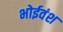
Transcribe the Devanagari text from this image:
भोईवंश